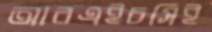
আরএইচসিই